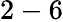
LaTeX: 2-6